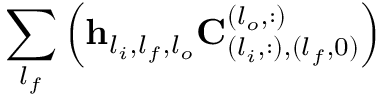
\sum _ { l _ { f } } \left( \mathbf { h } _ { l _ { i } , l _ { f } , l _ { o } } \mathbf { C } _ { ( l _ { i } , : ) , ( l _ { f } , 0 ) } ^ { ( l _ { o } , : ) } \right)